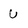
Character: U